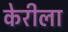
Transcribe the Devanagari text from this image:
केरीला